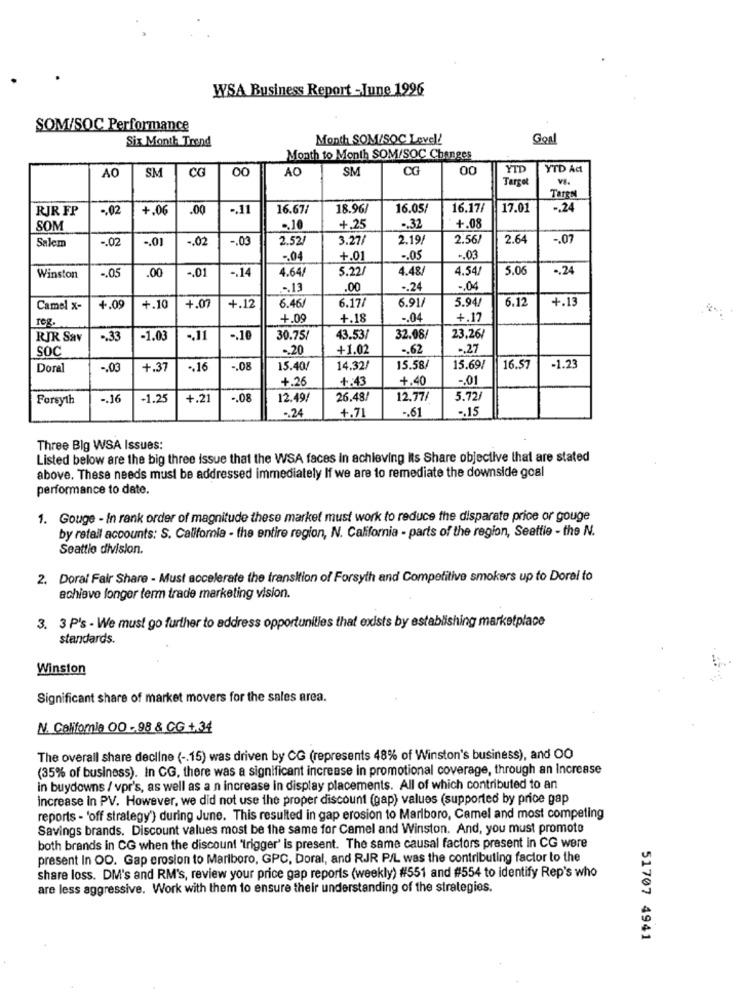
WSA Business Report -June 1996
SOM/SOC Performance
Six Month Trend
Month SOM/SOC Level!
Goal
Month to Month SOM/SOC Changes
AO
SM
CG
AO
SM
CG
00
YTD
YTD Ad
Target
VB.
Target
RJR FP
.. 02
+.06
.00
.. 11
16.67/
18.96
16.05/
16.17/
17.01
-. 24
SOM
.. 10
+.25
.. 32
+.08
Salem
-. 02
-. 02
-. 03
2.52/
3.27/
2.19/
2.56/
2.64
-. 07
.. 01
-. 04
+.01
-. 05
-. 03
-. 05
4.64/
5.22/
4.48/
4.54/
5.06
.24
Winston
.00
-. 01
-. 14
-. 13
.00
.. 24
-. 04
6.46
5.94/
6.12
+.13
Camel x-
4.09
+.10
+.07
+.12
6.17/
6.91/
reg.
+.09
+.18
-. 04
+.17
RIR Sav
.. 33
-1.03
., 11
-. 10
30.75/
43.53/
32.08/
23,26/
SOC
.. 20
+1.02
-. 62
-. 27
Doral
-. 03
+.37
.. 16
.08
15.40/
14.32/
15.58/
15.69/
16.57
-1.23
+.26
+:43
+.40
-. 01
Forsyth
-. 16
-1.25
+.21
.08
12.49/
26.48/
12.77/
5.72/
-. 24
+.71
-. 61
-. 15
Three Big WSA Issues:
Listed below are the big three issue that the WSA faces in achieving Its Share objective that are stated
above. These needs must be addressed immediately If we are to remediate the downside goal
performance to date.
1. Gouge - In rank order of magnitude these market must work to reduce the disparate price or gouge
by retall accounts: S. California - the entire region, N. California - parts of the region, Seattle - the N.
Seattio division.
2. Doral Fair Share - Must accelerate the transition of Forsyth and Competitive smokers up to Dorel to
achieve longer term trade marketing vision.
3. 3 P's - We must go further to address opportunities that exists by establishing marketplace
standards.
Winston
Significant share of market movers for the sales area.
N. California O0 - 98 & CG +,34
The overall share decline ( -. 15) was driven by CG (represents 48% of Winston's business), and 00
(35% of business). in CG, there was a significant increase in promotional coverage, through an Increase
in buydowns / vpr's, as well as a n increase in display placements. All of which contributed to an
increase in PV. However, we did not use the proper discount (gap) values (supported by price gap
reports - 'off strategy') during June. This resulted in gap erosion to Marlboro, Camel and most competing
Savings brands. Discount values most be the same for Camel and Winston. And, you must promote
both brands in CG when the discount "trigger' is present. The same causal factors present in CG were
present In OO. Gap erosion to Marlboro, GPC, Doral, and RJR P/L was the contributing factor to the
share loss. DM's and RM's, review your price gap reports (weekly) #551 and #554 to identify Rep's who
are less aggressive. Work with them to ensure their understanding of the strategies.
51707 4941